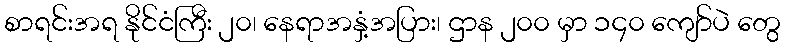
စာရင်းအရ နိုင်ငံကြီး ၂၀၊ နေရာအနှံ့အပြား၊ ဌာန ၂၀၀ မှာ ၁၄၀ ကျော်ပဲ တွေ